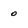
Character: 0